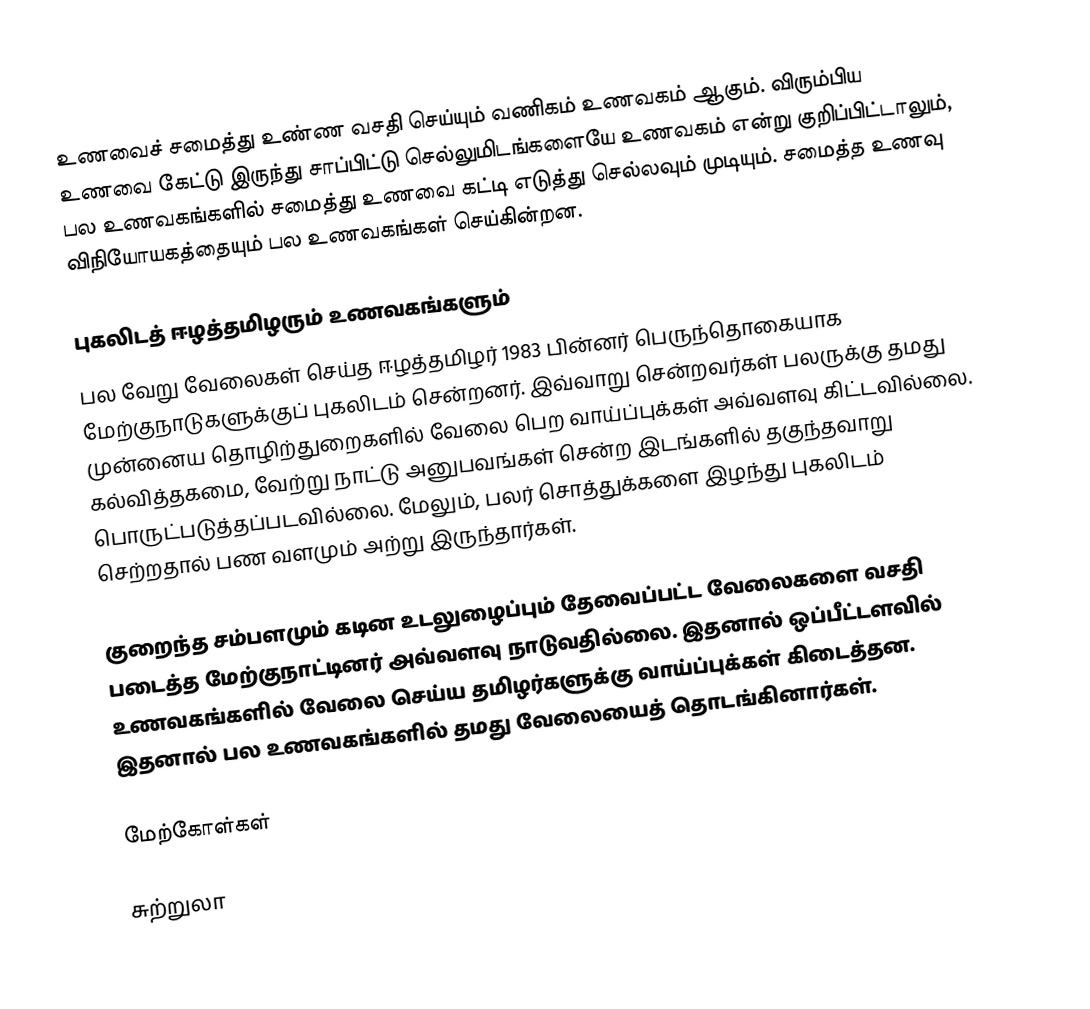
உணவைச் சமைத்து உண்ண வசதி செய்யும் வணிகம் உணவகம் ஆகும்.  விரும்பிய உணவை கேட்டு இருந்து சாப்பிட்டு செல்லுமிடங்களையே உணவகம் என்று குறிப்பிட்டாலும், பல உணவகங்களில் சமைத்து உணவை கட்டி எடுத்து செல்லவும் முடியும்.  சமைத்த உணவு விநியோயகத்தையும் பல உணவகங்கள் செய்கின்றன.

புகலிடத் ஈழத்தமிழரும் உணவகங்களும்
பல வேறு வேலைகள் செய்த ஈழத்தமிழர் 1983 பின்னர் பெருந்தொகையாக மேற்குநாடுகளுக்குப் புகலிடம் சென்றனர்.  இவ்வாறு சென்றவர்கள் பலருக்கு தமது முன்னைய தொழிற்துறைகளில் வேலை பெற வாய்ப்புக்கள் அவ்வளவு கிட்டவில்லை. கல்வித்தகமை, வேற்று நாட்டு அனுபவங்கள் சென்ற இடங்களில் தகுந்தவாறு பொருட்படுத்தப்படவில்லை.  மேலும், பலர் சொத்துக்களை இழந்து புகலிடம் செற்றதால் பண வளமும் அற்று இருந்தார்கள்.

குறைந்த சம்பளமும் கடின உடலுழைப்பும் தேவைப்பட்ட வேலைகளை வசதி படைத்த மேற்குநாட்டினர் அவ்வளவு நாடுவதில்லை.  இதனால் ஒப்பீட்டளவில் உணவகங்களில் வேலை செய்ய தமிழர்களுக்கு வாய்ப்புக்கள் கிடைத்தன.  இதனால் பல உணவகங்களில் தமது வேலையைத் தொடங்கினார்கள்.

மேற்கோள்கள்

சுற்றுலா